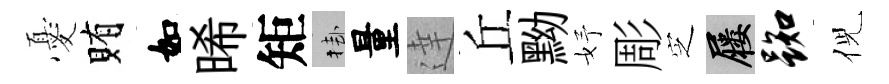
憂賄如晞矩挂量達丘黝妤彫㝎屨踟倪